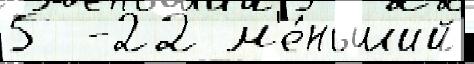
5  -22 м'е́ньший